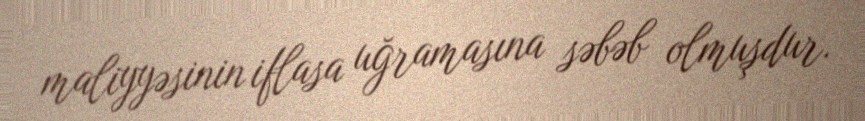
maliyyəsinin iflasa uğramasına səbəb olmuşdur.